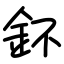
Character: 鈈